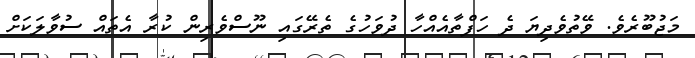
މަޖުބޫރެވެ. ވޭތުވެދިޔަ ދެ ހަފްތާއެއްހާ ދުވަހުގެ ތެރޭގައި ނޫސްވެރިން ކުރާ އެތައް ސުވާލަކަށް